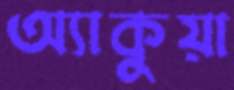
অ্যাকুয়া